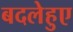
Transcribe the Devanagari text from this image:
बदलेहुए